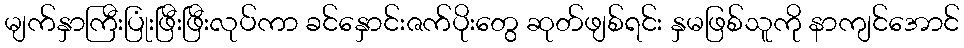
မျက်နှာကြီးပြုံးဖြီးဖြီးလုပ်ကာ ခင်နှောင်းဇက်ပိုးတွေ ဆုတ်ဖျစ်ရင်း နှမဖြစ်သူကို နာကျင်အောင်